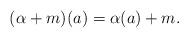
LaTeX: \begin{align*}(\alpha+m)(a) =\alpha(a) + m.\end{align*}